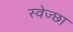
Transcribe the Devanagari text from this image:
स्वेज्छा